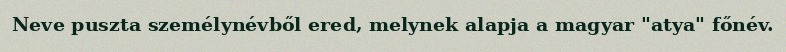
Neve puszta személynévből ered, melynek alapja a magyar "atya" főnév.